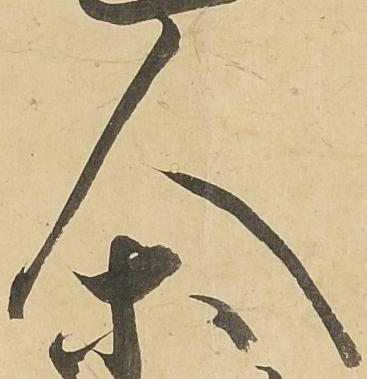
人